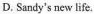
D. Sandy's new life.